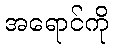
အရောင်ကို